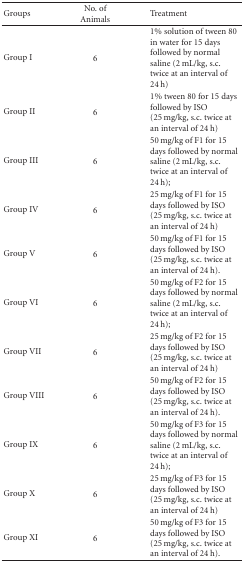
| Groups | No. of Animals | Treatment |
 | --- | --- | --- |
 | Group I | 6 | 1% solution of tween 80 in water for 15 days followed by normal saline (2 mL/kg, s.c. twice at an interval of 24 h) |
 | Group II | 6 | 1% tween 80 for 15 days followed by ISO (25 mg/kg, s.c. twice at an interval of 24 h) |
 | Group III | 6 | 50 mg/kg of F1 for 15 days followed by normal saline (2 mL/kg, s.c. twice at an interval of 24 h); |
 | Group IV | 6 | 25 mg/kg of F1 for 15 days followed by ISO (25 mg/kg, s.c. twice at an interval of 24 h) |
 | Group V | 6 | 50 mg/kg of F1 for 15 days followed by ISO (25 mg/kg, s.c. twice at an interval of 24 h). |
 | Group VI | 6 | 50 mg/kg of F2 for 15 days followed by normal saline (2 mL/kg, s.c. twice at an interval of 24 h); |
 | Group VII | 6 | 25 mg/kg of F2 for 15 days followed by ISO (25 mg/kg, s.c. twice at an interval of 24 h) |
 | Group VIII | 6 | 50 mg/kg of F2 for 15 days followed by ISO (25 mg/kg, s.c. twice at an interval of 24 h). |
 | Group IX | 6 | 50 mg/kg of F3 for 15 days followed by normal saline (2 mL/kg, s.c. twice at an interval of 24 h); |
 | Group X | 6 | 25 mg/kg of F3 for 15 days followed by ISO (25 mg/kg, s.c. twice at an interval of 24 h) |
 | Group XI | 6 | 50 mg/kg of F3 for 15 days followed by ISO (25 mg/kg, s.c. twice at an interval of 24 h). |